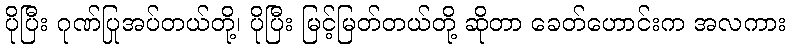
ပိုပြီး ဂုဏ်ပြုအပ်တယ်တို့၊ ပိုပြီး မြင့်မြတ်တယ်တို့ ဆိုတာ ခေတ်ဟောင်းက အလကား